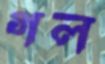
গল